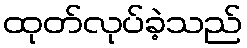
ထုတ်လုပ်ခဲ့သည်